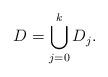
LaTeX: \begin{align*}D=\bigcup\limits_{j=0}^k D_j.\end{align*}